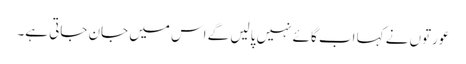
عورتوں نے کہا اب گائے نہیں پالیں گے اس میں جان جاتی ہے۔